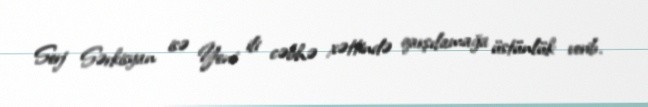
Serj Sərkisyan isə Yeni ili cəbhə xəttində qarşılamağa üstünlük verib.